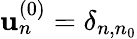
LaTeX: \mathbf{u}_{n}^{(0)}=\delta_{n,n_{0}}